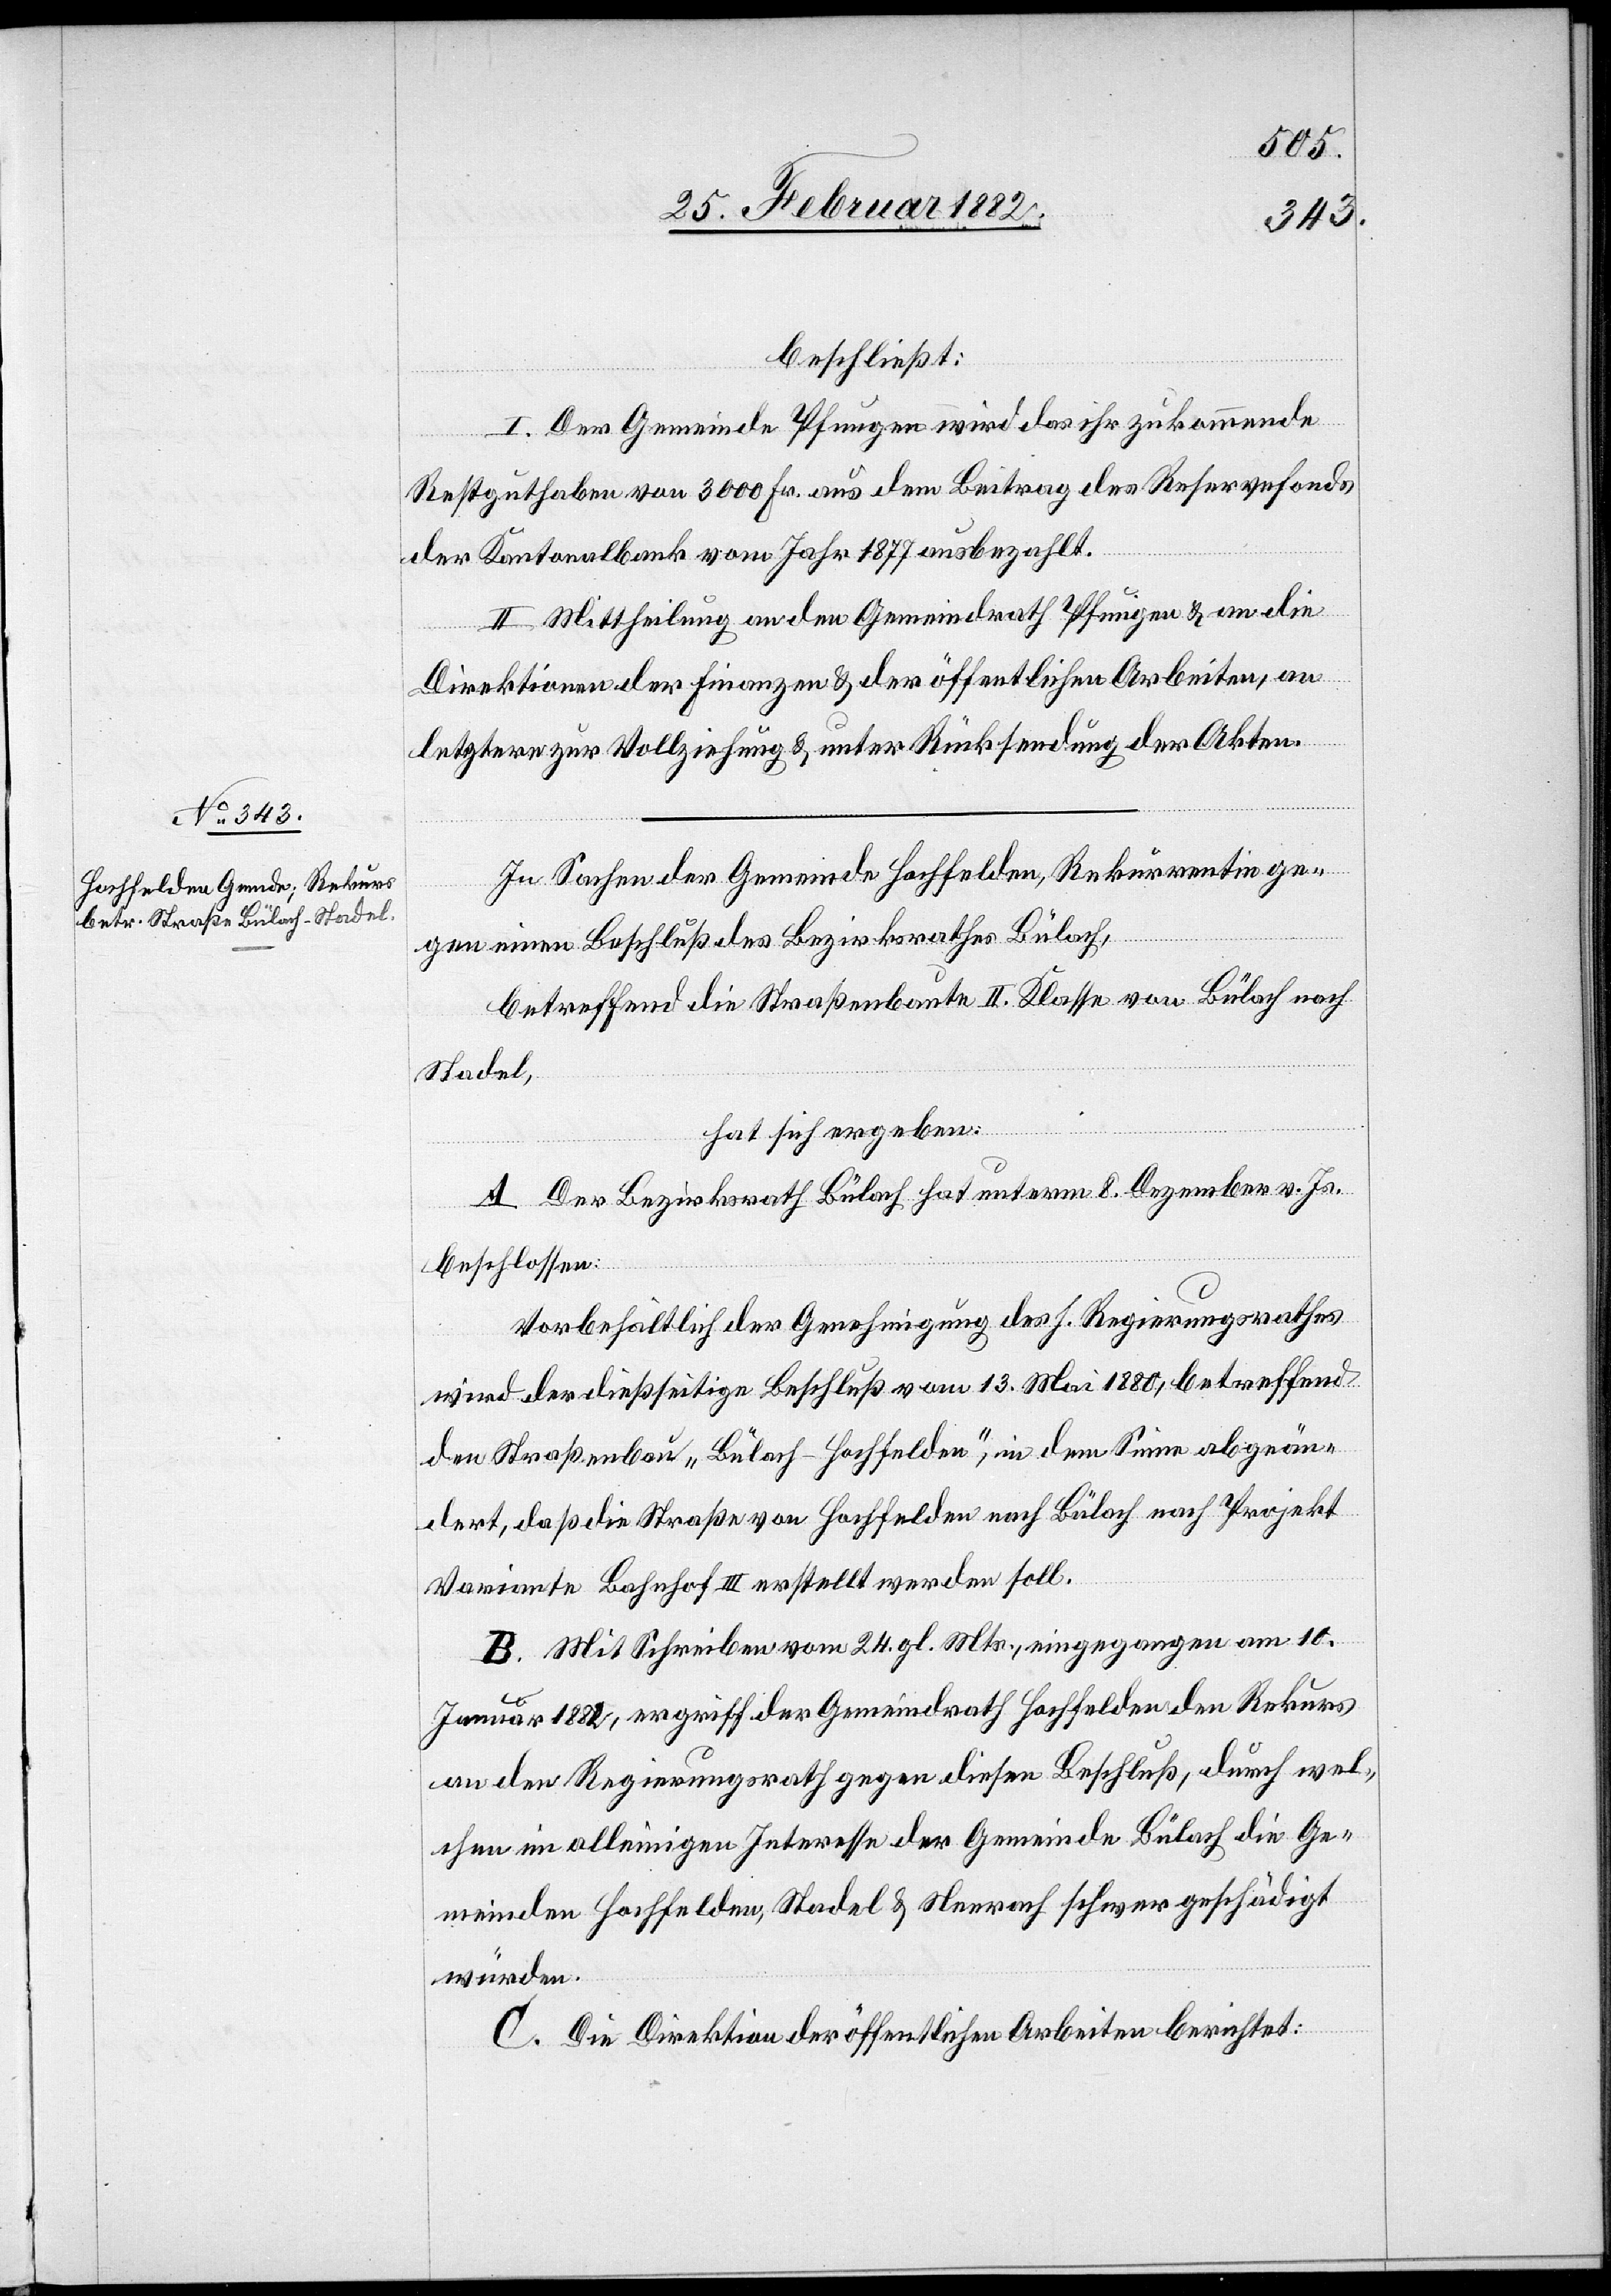
beschließt:
I. Der Gemeinde Pfungen wird das ihr zukommende
Restguthaben von 3000 Fr. aus dem Beitrag des Reservefonds
der Kantonalbank vom Jahr 1877 ausbezahlt.
II. Mittheilung an den Gemeindrath Pfungen & an die
Direktion der Finanzen & der öffentlichen Arbeiten, an
letztere zur Vollziehung & unter Rücksendung der Akten
In Sachen der Gemeinde Hochfelden, Rekurrentin ge¬
gen einen Beschluß des Bezirksrathes Bülach,
betreffend die Straßenbaute II. Klasse von Bülach nach
Stadel,
hat sich ergeben:
A. Der Bezirksrath Bülach hat unterm 8. Dezember v. Js.
beschlossen:
Vorbehältlich der Genehmigung des h. Regierungsrathes
wird der dießseitige Beschluß vom 13. Mai 1880, betreffend
dem Straßenbau „Bülach–Hochfelden“, in dem Sinne abgeän¬
dert, daß die Straße von Hochfelden nach Bülach nach Projekt
Variante Bahnhof III erstellt werden soll.
B. Mit Schreiben vom 24. gl. Mts., eingegangen am 10.
Januar 1882, ergriff der Gemeindrath Hochfelden den Rekurs
an den Regierungsrath gegen diesen Beschluß, durch wel¬
chen im alleinigen Interesse der Gemeinde Bülach die Ge¬
meinde Hochfelden, Stadel & Neerach schwer geschädigt
würden.
C. die Direktion der öffentlichen Arbeiten berichtet: